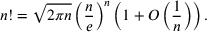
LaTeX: n ! = { \sqrt { 2 \pi n } } \left( { \frac { n } { e } } \right) ^ { n } \left( 1 + O \left( { \frac { 1 } { n } } \right) \right) .